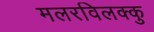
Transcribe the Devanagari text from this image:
मलरविलक्कु